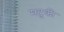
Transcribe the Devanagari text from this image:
मटुकी